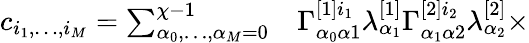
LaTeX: \begin{array}{rl}{c_{i_{1},\dots,i_{M}}=\sum_{\alpha_{0},\dots,\alpha_{M}=0}^{\chi-1}}&{{}\Gamma_{\alpha_{0}\alpha 1}^{[1]i_{1}}\lambda_{\alpha_{1}}^{[1]}\Gamma_{\alpha_{1}\alpha 2}^{[2]i_{2}}\lambda_{\alpha_{2}}^{[2]}\times}\end{array}